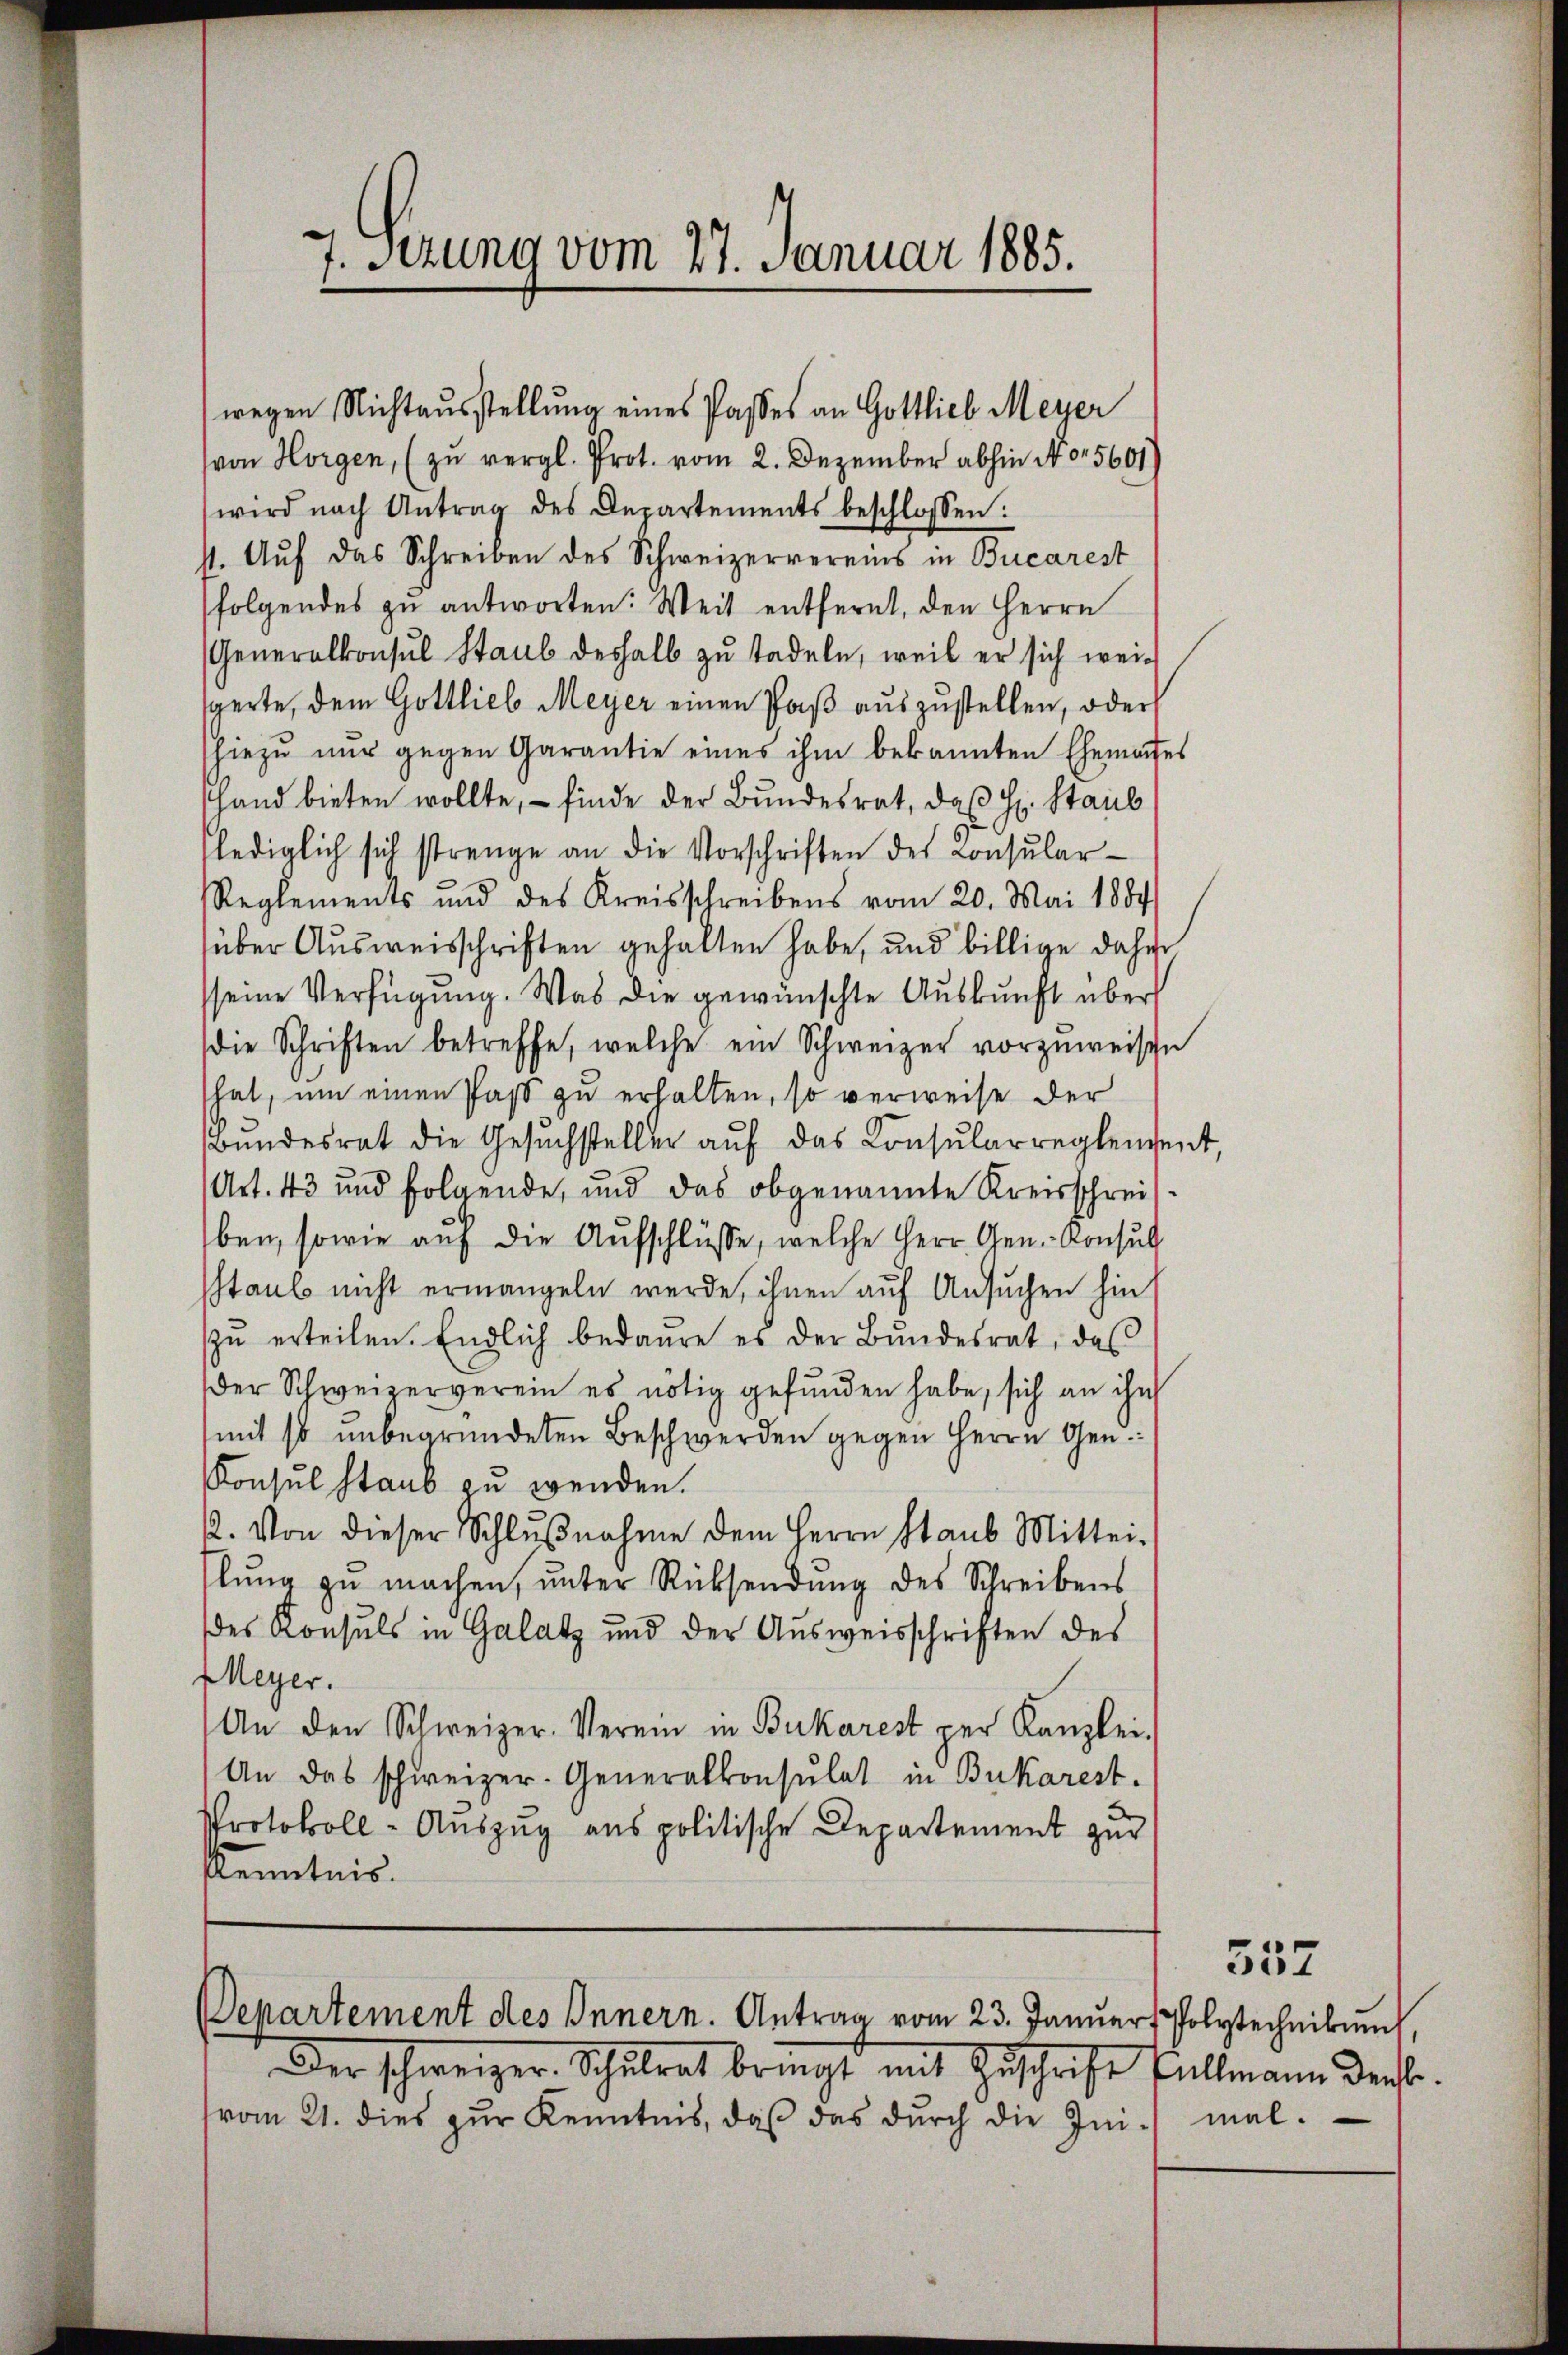
7. Setzung vom 27. Januar 1885.

wegen Nichtausstellung eines Passes an Gottlieb Meyer
von Horgen, (zu vergl. Prot. vom 2. Dezember abhin No 5601)
wird nach Antrag des Departements beschlossen:
st. Auf das Schreiben des Schweizervereins in Bucarest
folgendes zŭ antworten. Weit entfernt, den Herrn
Generalkonsul Staub deshalb zu tadeln, weil er sich weigerte, dem Gottlieb Meyer einen Paβ aŭszŭstellen, oder
hiezŭ nŭr gegen Garantie eines ihm bekannten Ehemates
Hand bieten wollte, – finde der Bundesrat, daß H. Staub
lediglich sich strenge an die Vorschriften der Consular-
Reglements und des Kreisschreibens vom 20. Mai 1884
über Ausweisschriften gehalten habe, und billige daher
seine Verfügung. Was die gewünschte Auskunft über
(die Schriften betreffe, welche ein Schweizer vorzuweisen
hat, um einen Past zu erhalten, so verweise der
Bundesrat die Gesuchsteller auf das Konsularreglendent,
Art. 43 und folgende, und das obgenannte Kreisschreiben, sowie auf die Aufschlüsse, welche Herr Gen.- Konsul
staub nicht ermangeln werde, ihnen auf Ansuchen hin
zŭ erteilen. Endlich bedaure es der Bŭndesrat, das
Der Schweizerverein es nötig gefunden habe, sich an ihn
mit so unbegründeten Beschwerden gegen Herrn Gen
Konsul staub zu wenden.
2. Von dieser Schlŭβnahme dem Herrn Staub Mittei-
lung zu machen, unter Rücksendung des Schreibens
des Konsuls in Galatz und der Ausweisschriften des
Meyer.
An den Schweizer-Verein in Bukarest per Kanzlei.
An das schweizer- Generalkonsulat in Bukarest.
Protokoll - Auszug aus politische Departement zur
Kenntnis.

Der schweizer. Schulrat bringt mit Zuschrift allmann ders.
(vom 21. dies zur Kenntnis, daß das durch die Ini¬

Departement des Innern. Antrag vom 23. Januar, Polytechnikum

557
mal.